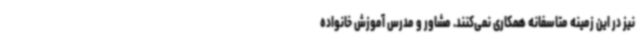
نیز در این زمینه متاسفانه همکاری نمی‌کنند. مشاور و مدرس آموزش خانواده